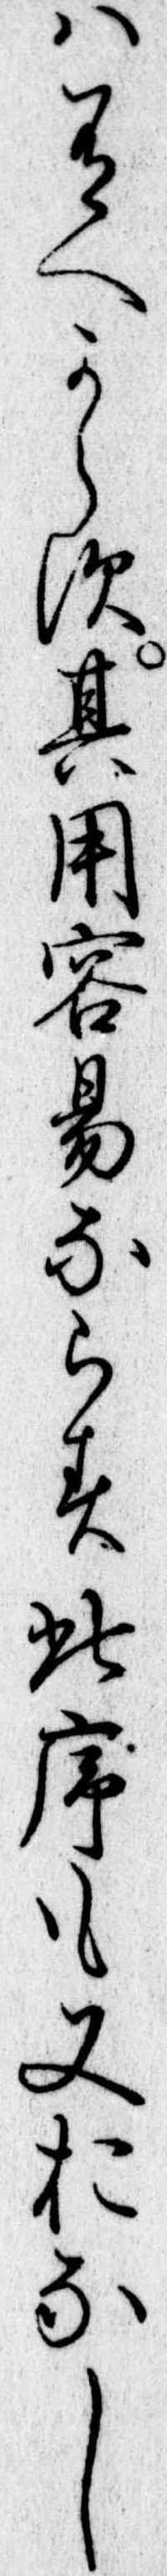
は有へからす其用容易ならす此序も又おなし